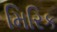
મિરિક